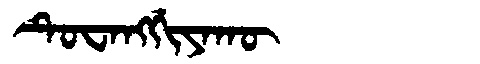
Manchu: ᡨᡠᠸᠠᠩᡤᡳᠶᠠᡴᡡ
Romanization: TUWANGGIYAKŪ